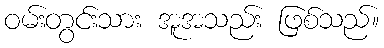
ဝမ်းတွင်းသား အူအသည်း ဖြစ်သည်။